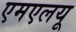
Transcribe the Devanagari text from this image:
एमएलयू